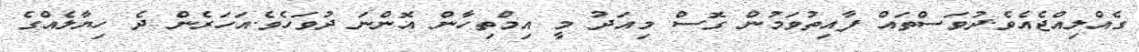
ގެއްލިއްޖެއެވެ.ދުވަސްތައް ފާއިތުވަމުން ގޮސް މިއަދު މީ އިމްތިހާން އޮންނަ ދުވަހެވެ.އަހަރެން ދެ ހިޔާލެއްގެ